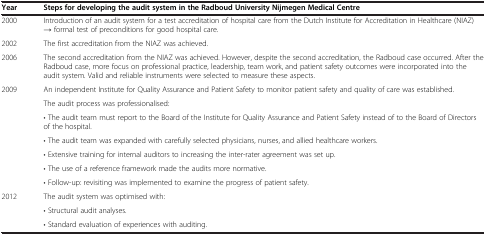
| Year | Steps for developing the audit system in the Radboud University Nijmegen Medical Centre |
 | --- | --- |
 | 2000 | Introduction of an audit system for a test accreditation of hospital care from the Dutch Institute for Accreditation in Healthcare (NIAZ) → formal test of preconditions for good hospital care. |
 | 2002 | The first accreditation from the NIAZ was achieved. |
 | 2006 | The second accreditation from the NIAZ was achieved. However, despite the second accreditation, the Radboud case occurred. After the Radboud case, more focus on professional practice, leadership, team work, and patient safety outcomes were incorporated into the audit system. Valid and reliable instruments were selected to measure these aspects. |
 | <ROWSPAN=7> 2009 | An independent Institute for Quality Assurance and Patient Safety to monitor patient safety and quality of care was established. |
 | The audit process was professionalised: |
 | • The audit team must report to the Board of the Institute for Quality Assurance and Patient Safety instead of to the Board of Directors of the hospital. |
 | • The audit team was expanded with carefully selected physicians, nurses, and allied healthcare workers. |
 | • Extensive training for internal auditors to increasing the inter-rater agreement was set up. |
 | • The use of a reference framework made the audits more normative. |
 | • Follow-up: revisiting was implemented to examine the progress of patient safety. |
 | <ROWSPAN=2> 2012 | The audit system was optimised with: |
 | • Structural audit analyses. |
 |  | • Standard evaluation of experiences with auditing. |